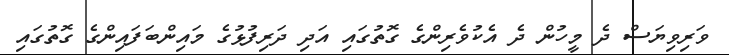
ވަރިވިޔަސް ދެ މީހުން ދެ އެކުވެރިންގެ ގޮތުގައި އަދި ދަރިފުޅުގެ މައިންބަފައިންގެ ގޮތުގައި